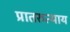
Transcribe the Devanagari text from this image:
प्रातरुत्थाय